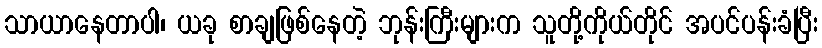
သာယာနေတာပါ၊ ယခု စာချဖြစ်နေတဲ့ ဘုန်းကြီးများက သူတို့ကိုယ်တိုင် အပင်ပန်းခံပြီး